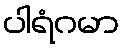
ပါရံဂမာ